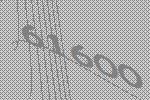
61600